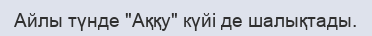
Айлы түнде "Аққу" күйі де шалықтады.